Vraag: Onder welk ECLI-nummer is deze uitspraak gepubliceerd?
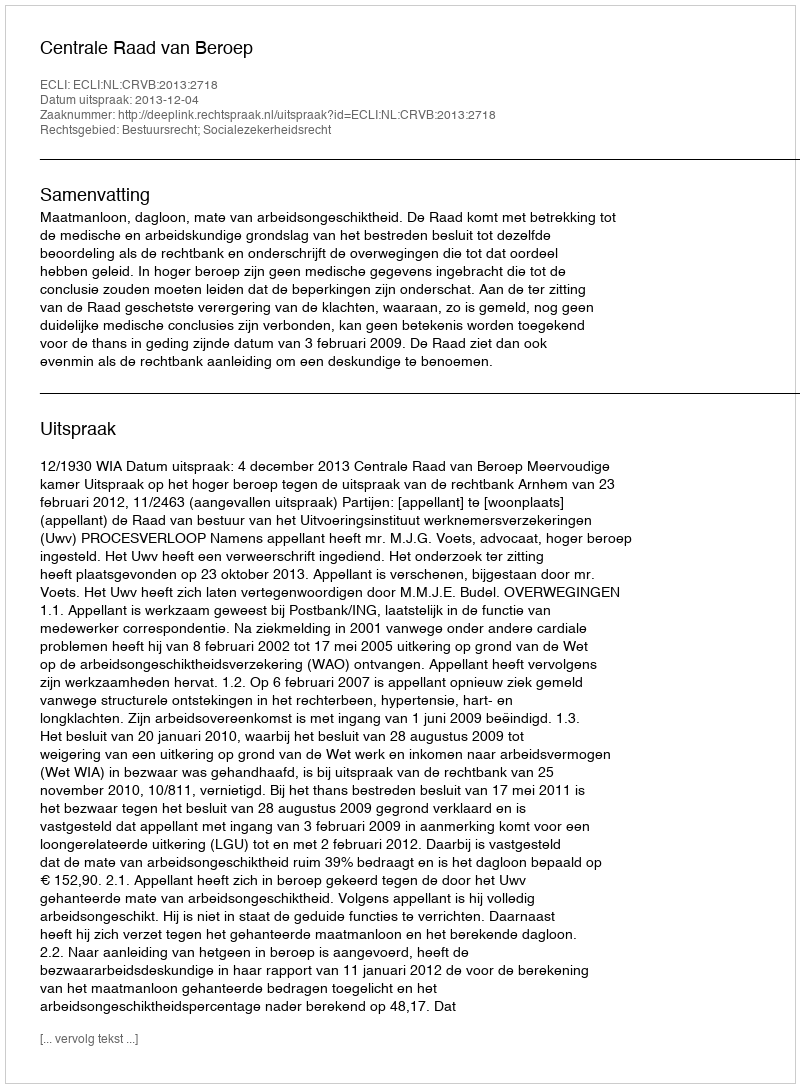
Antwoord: ECLI:NL:CRVB:2013:2718